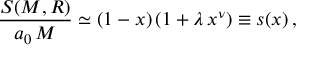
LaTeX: \frac { S ( M , R ) } { a _ { 0 } \, M } \simeq ( 1 - x ) \, ( 1 + \lambda \, x ^ { \nu } ) \equiv s ( x ) \, ,